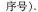
序号）